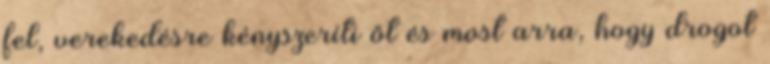
fel, verekedésre kényszeríti őt és most arra, hogy drogot